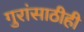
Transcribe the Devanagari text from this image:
गुरांसाठीही